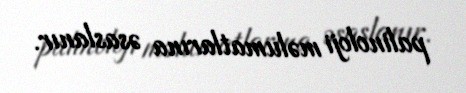
palinoloji məlumatlarına əsaslanır.